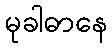
မုခါဓာနေ